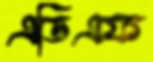
এডিএফ